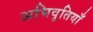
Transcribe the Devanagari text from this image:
अभिवृतियाँ